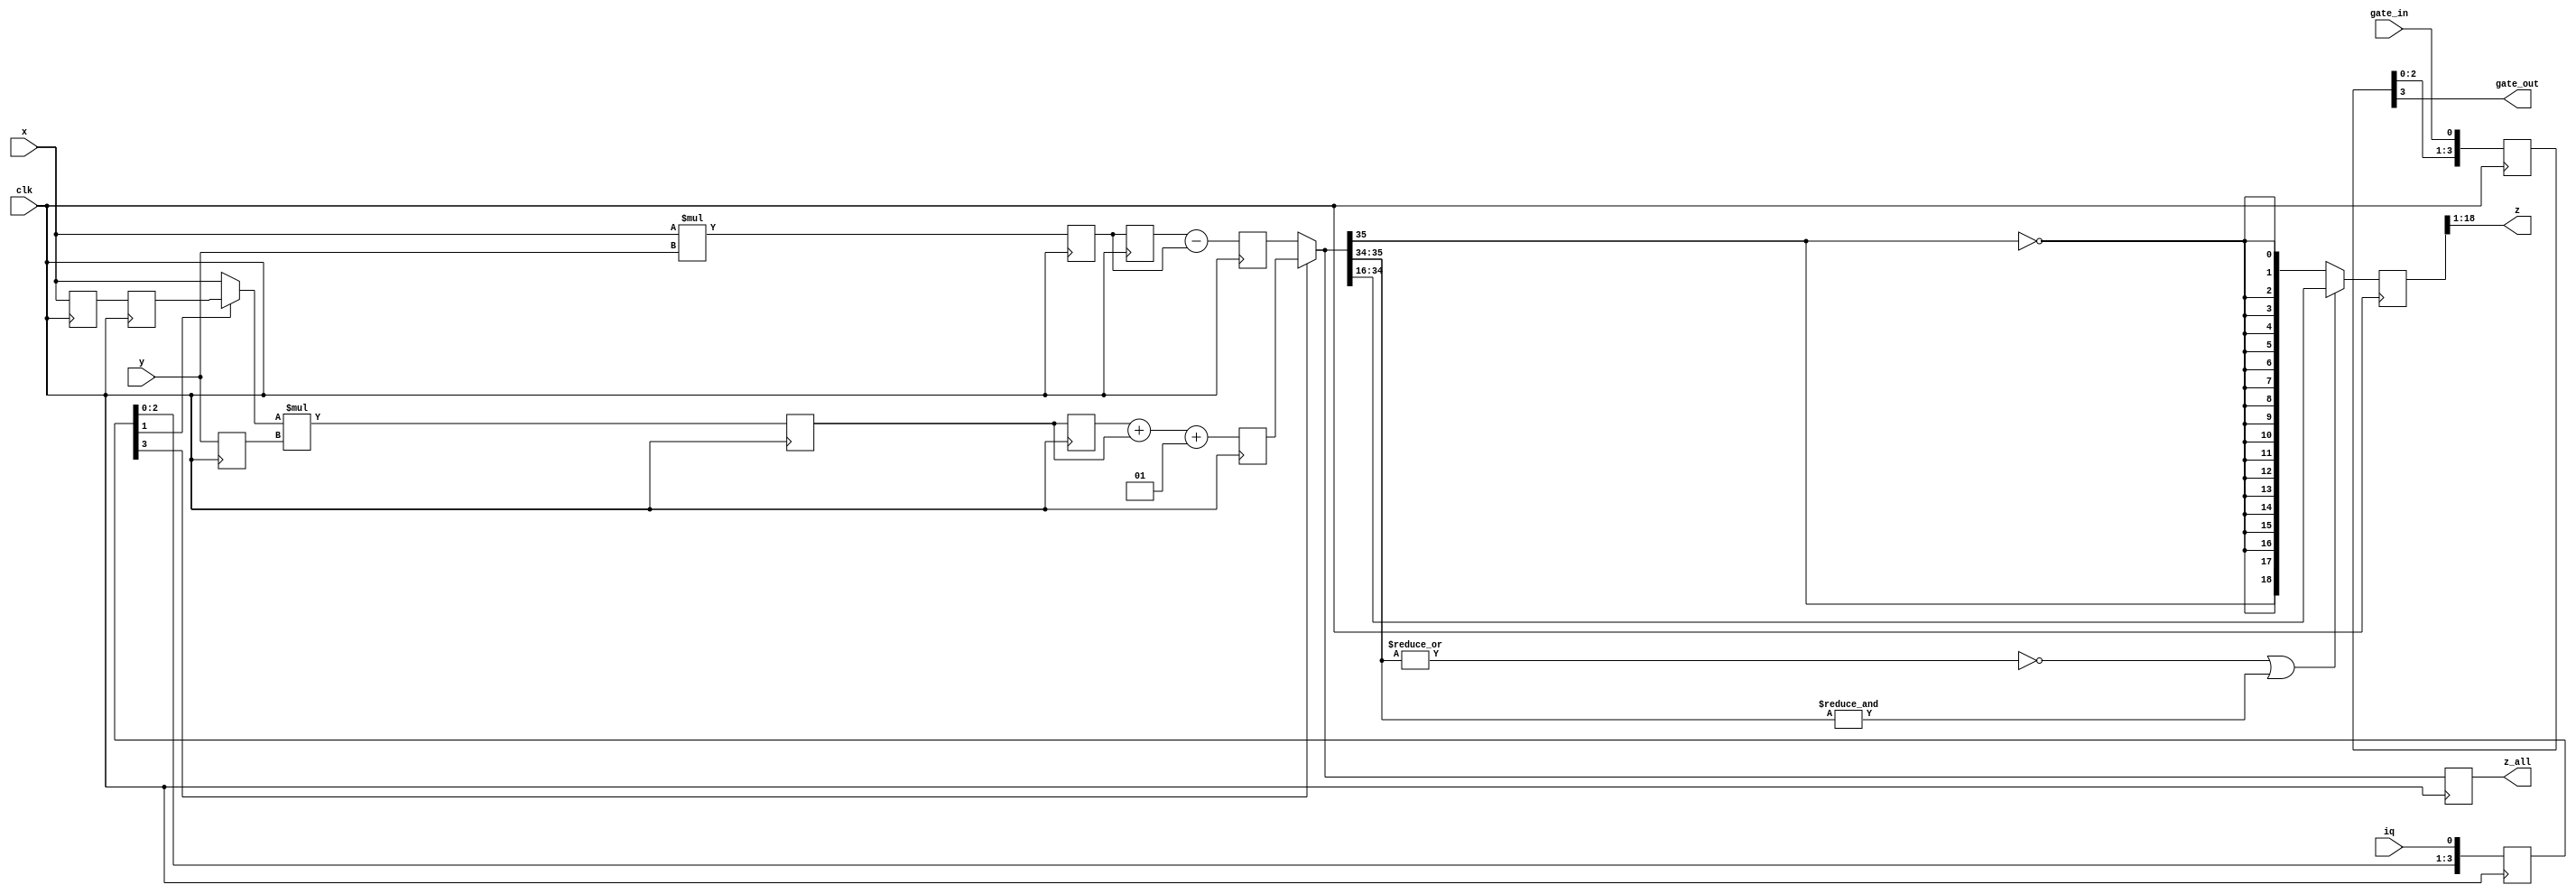
`timescale 1ns / 1ns

module vectormul(
	input clk,  // Rising edge clock input; all logic is synchronous in this domain
	input gate_in,  // Flag marking input data valid
	input signed [17:0] x,  // Multiplicand, signed, time-interleaved real and imaginary
	input signed [17:0] y,  // Multiplicand, signed, time-interleaved real and imaginary
	input iq,  // Flag marking the real (I) part of the complex pair
	output signed [17:0] z,  // Result
	output signed [35:0] z_all,  // Result
	output gate_out  // Delayed version of gate_in
);

// Flow-through vector multiplier
// x, y, and z are interleaved I-Q complex numbers
// iq set high for I, low for Q at input, a pair is I followed by Q.
// Assumes there is some guarantee that you will never multiply two
// full-scale negative values together.

reg [3:0] iq_sr=0;
always @(posedge clk) iq_sr <= {iq_sr[3:0],iq};

// Keep one guard bit through the addition step.  That, and the
// strange-looking "+1" below, reduces the average error offset
// to -1/4 result bit.

reg signed [17:0] x1=0, x2=0, y1=0;
reg signed [35:0] prod1=0, prod2=0;
reg signed [35:0] prod1_d=0, prod2_d=0;
reg signed [35:0] sumi=0, sumq=0;
wire signed [17:0] m2mux = iq_sr[1] ? x2 : x;
always @(posedge clk) begin
	x1 <= x;
	x2 <= x1;
	y1 <= y;
	prod1 <= x*y;
	prod2 <= m2mux * y1;
	prod1_d <= prod1;
	prod2_d <= prod2;
	sumi <= prod1_d - prod1;
	sumq <= prod2_d + prod2 + 1;
end

`define SAT(x,old,new) ((~|x[old:new] | &x[old:new]) ? x : {x[old],{new{~x[old]}}})
wire iqx = iq_sr[3];
wire signed [35:0] mux = iqx ? sumq : sumi;
reg signed [18:0] zr=0;
reg signed [35:0] mux_r=0;
wire signed [19:0] zsel=mux[35:16];
always @(posedge clk) begin
	zr <= `SAT(zsel, 19, 18);
	mux_r <= mux;
end
assign z = zr[18:1];
assign z_all = mux_r;

// This gate input isn't really used, but describes the length of this
// pipeline to let users keep track of the data flow.

reg [3:0] gate_sr=0;
always @(posedge clk) gate_sr <= {gate_sr[2:0],gate_in};
assign gate_out = gate_sr[3];

endmodule